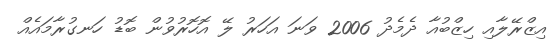
އިޒްރޭލާއި ހިޒްބުއާ ދެމެދު 2006 ވަނަ އަހަރު ލޭ އޮހޮރުވުން ބޮޑު ހަނގުރާމައެއް